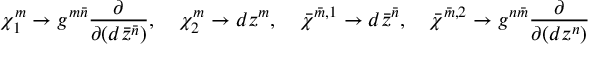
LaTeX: \chi _ { 1 } ^ { m } \to g ^ { m \bar { n } } \frac { \partial } { \partial ( d \bar { z } ^ { \bar { n } } ) } , \quad \chi _ { 2 } ^ { m } \to d z ^ { m } , \quad \bar { \chi } ^ { \bar { m } , 1 } \to d \bar { z } ^ { \bar { n } } , \quad \bar { \chi } ^ { \bar { m } , 2 } \to g ^ { n \bar { m } } \frac { \partial } { \partial ( d z ^ { n } ) }